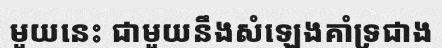
មួយនេះ ជាមួយនឹងសំឡេងគាំទ្រជាង